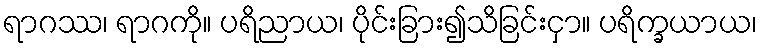
ရာဂဿ၊ ရာဂကို။ ပရိညာယ၊ ပိုင်းခြား၍သိခြင်းငှာ။ ပရိက္ခယာယ၊